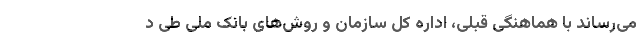
می‌رساند با هماهنگی قبلی، اداره کل سازمان و روش‌های بانک ملی طی د